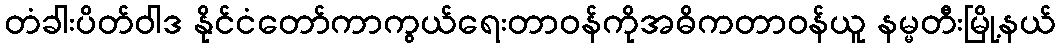
တံခါးပိတ်ဝါဒ နိုင်ငံတော်ကာကွယ်ရေးတာဝန်ကိုအဓိကတာဝန်ယူ နမ္မတီးမြို့နယ်